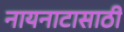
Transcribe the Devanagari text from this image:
नायनाटासाठी